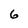
Character: 6